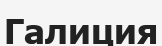
Галиция